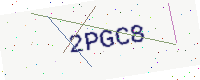
Text: 2PGC8